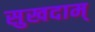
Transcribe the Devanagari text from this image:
सुखदाम्